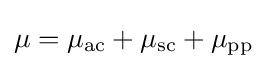
\mu =\mu _{\mathrm {ac} }+\mu _{\mathrm {sc} }+\mu _{\mathrm {pp} }